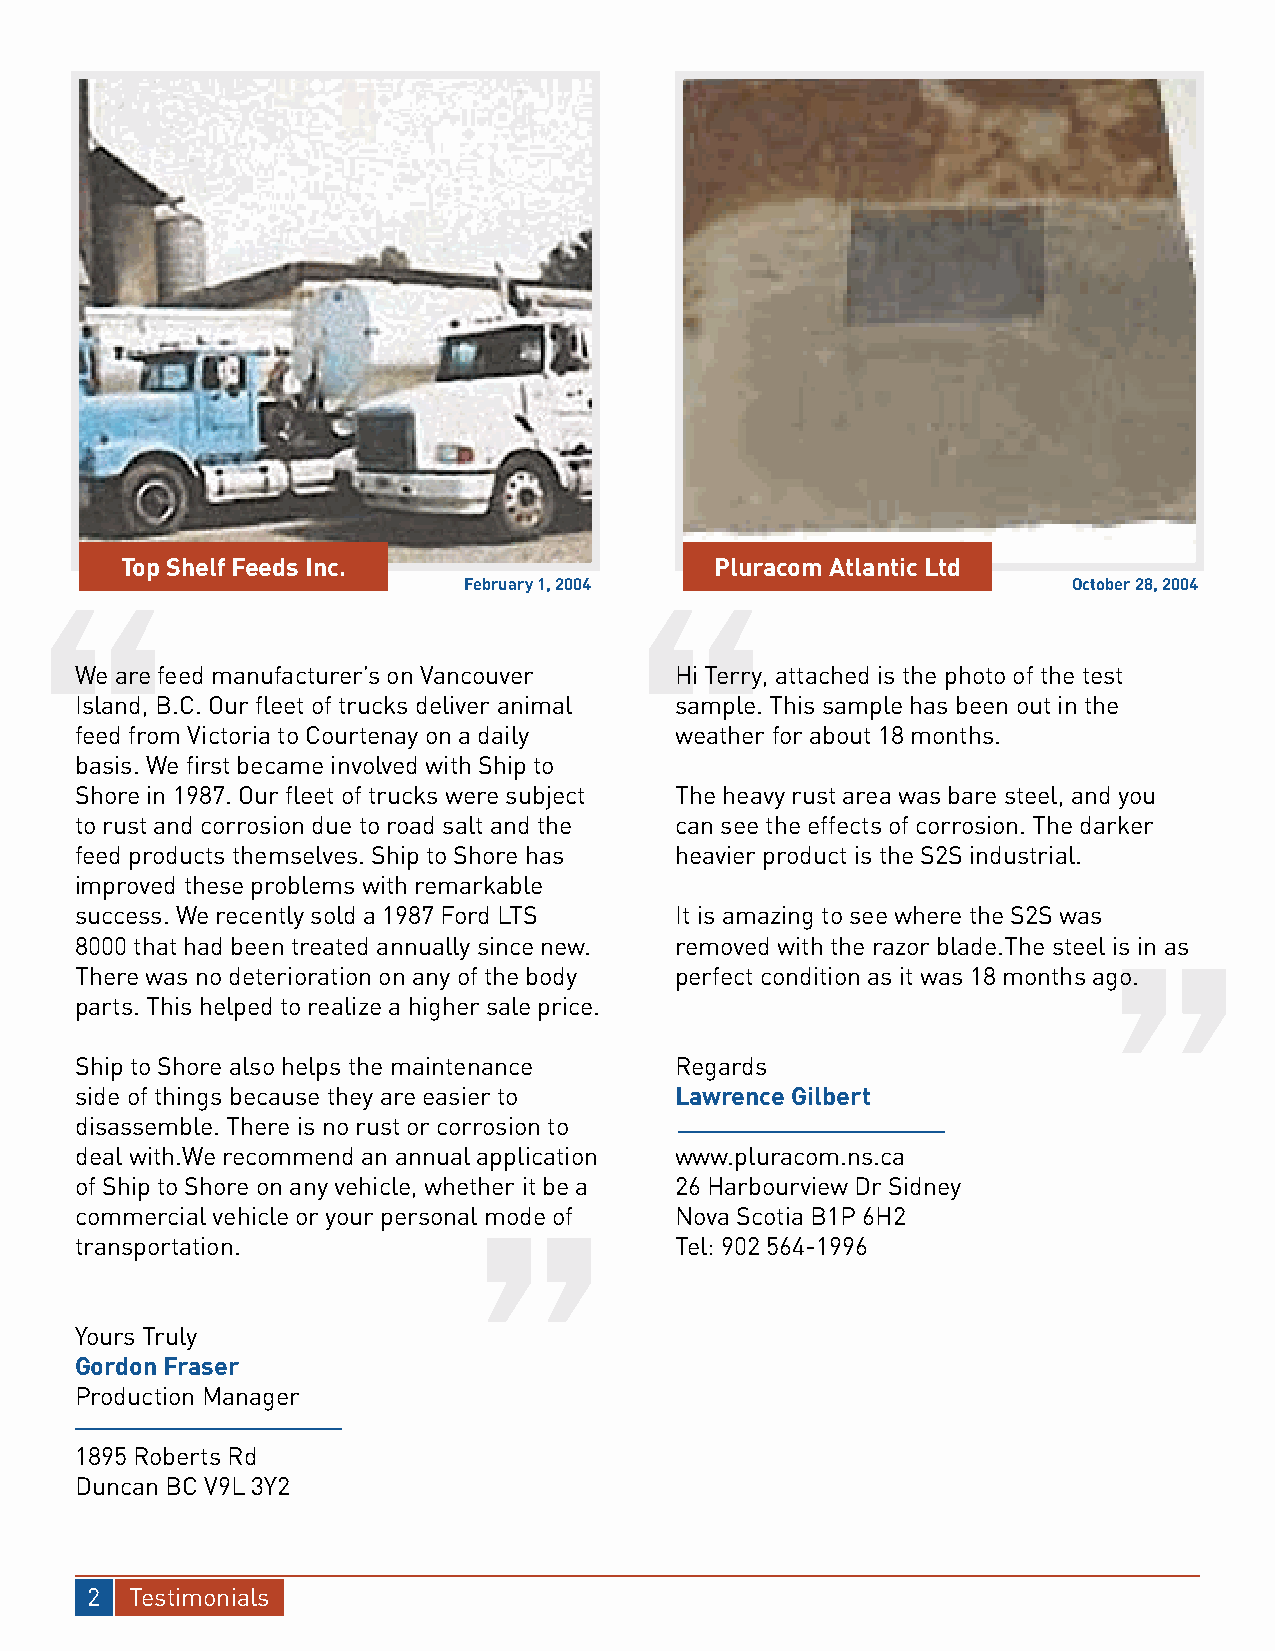
Top Shelf Feeds Inc.                   Pluracom Atlantic Ltd
 February 1, 2004                        October 28, 2004
 We are feed manufacturer’s on Vancouver Hi Terry, attached is the photo of the test
 Island, B.C. Our fleet of trucks deliver animal sample. This sample has been out in the
 feed from Victoria to Courtenay on a daily weather for about 18 months.
 basis. We first became involved with Ship to
 Shore in 1987. Our fleet of trucks were subject The heavy rust area was bare steel, and you
 to rust and corrosion due to road salt and the can see the effects of corrosion. The darker
 feed products themselves. Ship to Shore has heavier product is the S2S industrial.
 improved these problems with remarkable
 success. We recently sold a 1987 Ford LTS It is amazing to see where the S2S was
 8000 that had been treated annually since new. removed with the razor blade.The steel is in as
 There was no deterioration on any of the body perfect condition as it was 18 months ago.
 parts. This helped to realize a higher sale price.
 Ship to Shore also helps the maintenance Regards
 side of things because they are easier to Lawrence Gilbert
 disassemble. There is no rust or corrosion to
 deal with.We recommend an annual application www.pluracom.ns.ca
 of Ship to Shore on any vehicle, whether it be a 26 Harbourview Dr Sidney
 commercial vehicle or your personal mode of Nova Scotia B1P 6H2
 transportation.                         Tel: 902 564-1996
 Yours Truly
 Gordon Fraser
 Production Manager
 1895 Roberts Rd
 Duncan BC V9L 3Y2
 2  Testimonials